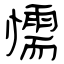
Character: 懦